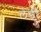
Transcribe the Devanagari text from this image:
लेंडीं